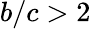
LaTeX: b/c>2